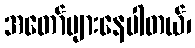
အတော်များနေပါတယ်၊